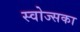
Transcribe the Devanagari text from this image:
स्वोज्सका